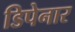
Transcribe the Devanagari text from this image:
डिपेनार